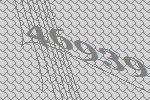
46939